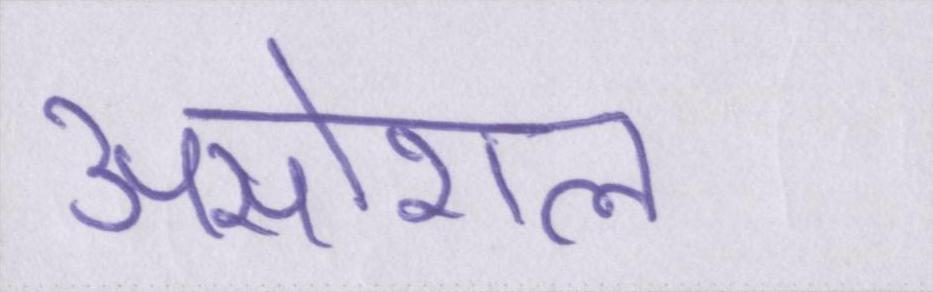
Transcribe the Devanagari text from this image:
असोशल